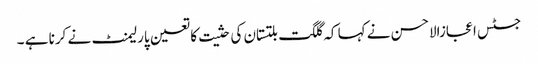
جسٹس اعجازالاحسن نے کہا کہ گلگت بلتستان کی حثیت کا تعین پارلیمنٹ نے کرنا ہے ۔